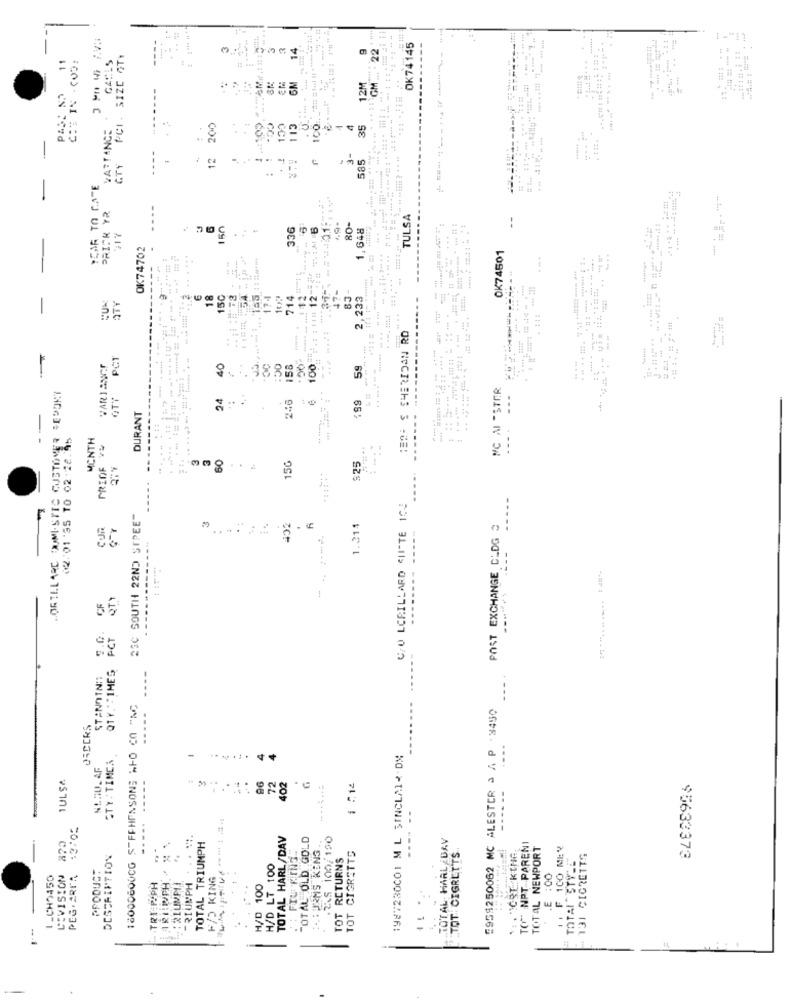
14
OK74145
11
C :: IN (O):
GARES
PCI. SIZE OTY
12M
*1 :: GM.
6M
PARTANCE .
12 200
113
C
35
----
CC.
CCI
.TY
3-
585
. ..
..
.
PRICK YR
...
TULSA
217
150
336
RO-
1,648
OK74702
OK74501
-..
0411111 12-58+
18
150
174
2,233
ATY
WERF S SHERIDAN RO
..
----
PCT
40
:50
158
59
9 .. 38
.......
MC MESTER
GRILL ARE DUMISTIC CUSTOMER REPORT
GTY
24
246
---
:: :
DURANT
-----
65%
----
02/01 '35 TO 02-28.95
MONTH
----
PRIDE YW
3
3
60
150
--
C/O LCRILLARD CHISTE 124
23C SOUTH 22ND STPEE"
1.214
-------- -----
POST EXCHANGE CLDG €
--------
...
QTY
5.0. CF
FCT
Q1Y "TIMES
-----
STANOIN ::
18000600CG STFFHIASONS WHO CO "NG
5958250062 MC ALESTER & A P . 3450
CTY. TIMES
1987230001 ML SINCLAIR-DN
-
TULSA
-----
96
72
102
1 714
.....
13:05
TOTAL HARL/DAV
TOTAL OLD GOLD
.2%5 100/150
TOTAL HAAL DAV
TOTAL TRIUMPH
TURNS KENS
TOT CIGRETTS
TO"" NPT PARENI
TOTAL NEWPORT
1. F 1CO MEN
DESCRIPTION
: FIU FINS
RETURNS
TOT CIGRETTE
TOTAI " STYLE
131 CIGRETTS
PRODUCT
H/D LT 100
95633373
1.CHO450
LEVISION
PEG.ARIA
HD KING
.E :00
.TRI:P.PH
: 2LUMPI!
TRIUMPH
H/D 100